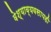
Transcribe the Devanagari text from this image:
वेश्याव्यवसायही